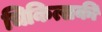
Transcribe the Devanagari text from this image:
चिकित्सकी